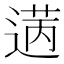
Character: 𫈡